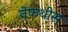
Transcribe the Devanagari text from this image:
नेफथीस